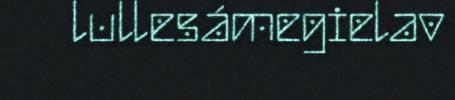
lullesámegielav